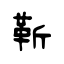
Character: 靳